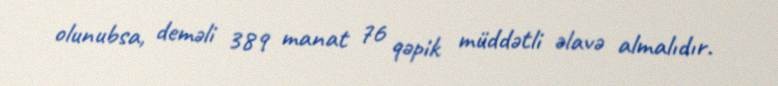
olunubsa, deməli 389 manat 76 qəpik müddətli əlavə almalıdır.